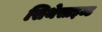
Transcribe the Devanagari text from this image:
सिथेसाइज्ड